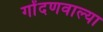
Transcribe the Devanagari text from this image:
गोंदणवाल्या